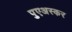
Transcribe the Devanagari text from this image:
पुएअस्कर